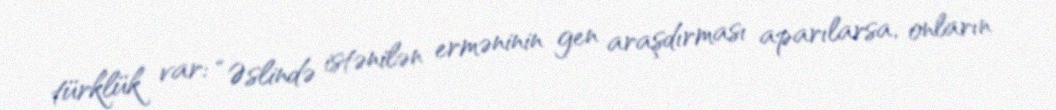
türklük var: “Əslində istənilən erməninin gen araşdırması aparılarsa, onların